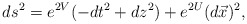
\begin{align*}ds^{2}=e^{2V}(-dt^{2}+dz^{2})+e^{2U}(d\vec{x})^{2}, \end{align*}